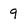
Character: 9